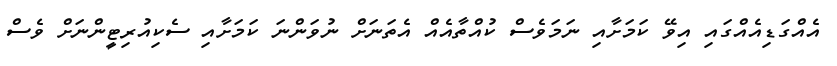
އެއްގަޑިއެއްގައި އިވޭ ކަމަށާއި ނަމަވެސް ކުއްތާއެއް އެތަނަށް ނުވަންނަ ކަމަށާއި ސެކިއުރިޓީންނަށް ވެސް